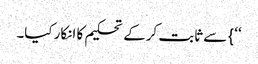
‘‘} سے ثابت کرکے تحکیم کا انکار کیا۔